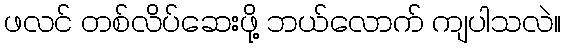
ဖလင် တစ်လိပ်ဆေးဖို့ ဘယ်လောက် ကျပါသလဲ။